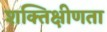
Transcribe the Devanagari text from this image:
शक्तिक्षीणता